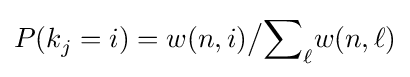
P(k_{j}^{}=i)=w(n,i){\big /}{\sum }_{\ell }w(n,\ell )